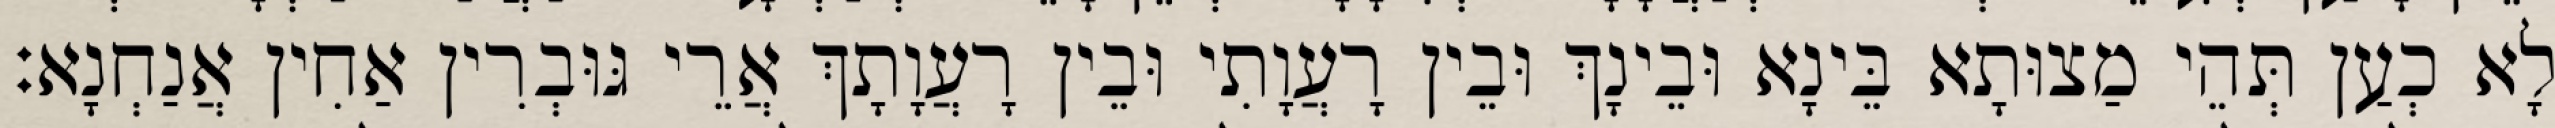
לָא כְעַן תְּהֵי מַצוּתָא בֵּינָא וּבֵינָךְ וּבֵין רָעֲוָתִי וּבֵין רָעֲוָתָךְ אֲרֵי גּוּבְרִין אַחִין אֲנַחְנָא׃